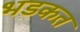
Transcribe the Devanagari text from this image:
भडकत